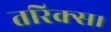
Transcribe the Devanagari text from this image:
तरिक्स।